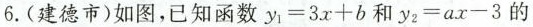
6.(建德市)如图，已知函数$$y_{1}=3x+b$$和$$y_{2}=ax-3$$的